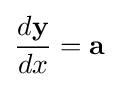
{\frac {d\mathbf {y} }{dx}}=\mathbf {a}